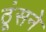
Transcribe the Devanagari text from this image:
ठूंसने